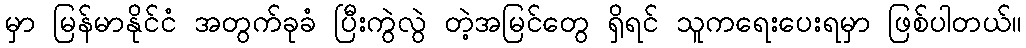
မှာ မြန်မာနိုင်ငံ အတွက်ခုခံ ပြီးကွဲလွဲ တဲ့အမြင်တွေ ရှိရင် သူကရေးပေးရမှာ ဖြစ်ပါတယ်။